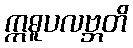
ဣဓူပလဗ္ဘတိ